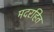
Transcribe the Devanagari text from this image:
मदरहित